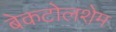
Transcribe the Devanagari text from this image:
बेकटोलशेम